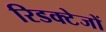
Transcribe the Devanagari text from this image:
रिडक्टेजों